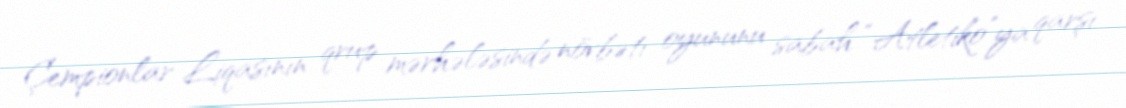
Çempionlar Liqasının qrup mərhələsində növbəti oyununu sabah “Atletiko”ya qarşı